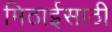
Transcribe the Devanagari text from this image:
मिठाईसाठी